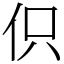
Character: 伿